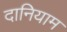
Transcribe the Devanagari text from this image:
दानियाम